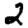
Digit: 2